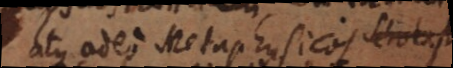
atque adeo Metaphysicos ac